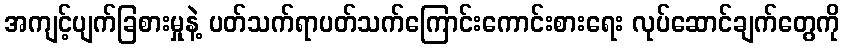
အကျင့်ပျက်ခြစားမှုနဲ့ ပတ်သက်ရာပတ်သက်ကြောင်းကောင်းစားရေး လုပ်ဆောင်ချက်တွေကို